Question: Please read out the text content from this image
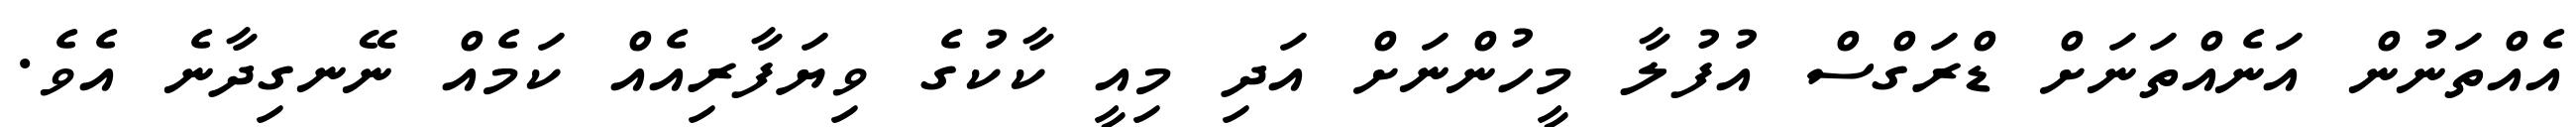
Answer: އެއްތަނުން އަނެއްތަނަށް ޑްރަގްސް އުފުލާ މީހުންނަށް އަދި މިއީ ކާކުގެ ވިޔަފާރިއެއް ކަމެއް ނޭނގިދާނެ އެވެ.